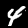
Label: 4